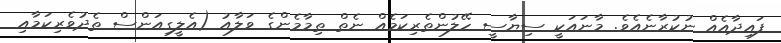
ފައިދާއެއް ނުކުރާނެއެވެ. މާނައަކީ ސިޔާސީ ހޭލުންތެރިކަމެއް ނެތް ތިމާމެންގެ ވަލާއު (އެލީގިއަންސް ތެދުވެރިކަމާއި